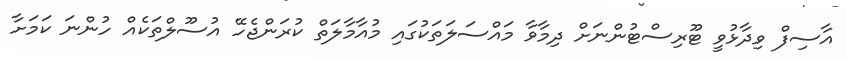
އާސިފް ވިދާޅުވީ ޓޫރިސްޓުންނަށް ދިމާވާ މައްސަލަތަކުގައި މުއާމާލަތް ކުރަންޖެހޭ އުސޫލްތަކެއް ހުންނަ ކަމަށާ